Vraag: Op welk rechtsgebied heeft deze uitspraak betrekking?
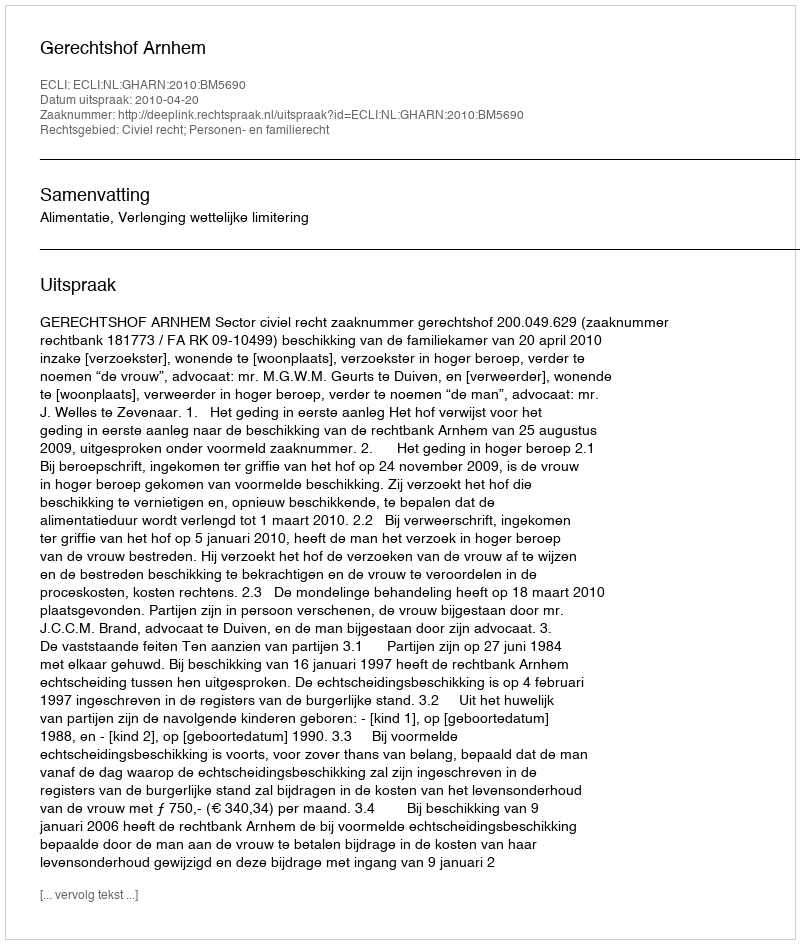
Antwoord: Civiel recht; Personen- en familierecht